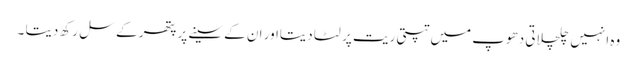
وہ انہیں چلچلاتی دھوپ میں تپتی ریت پر لٹا دیتااور ان کے سینے پر پتھر کے سل رکھ دیتا ۔